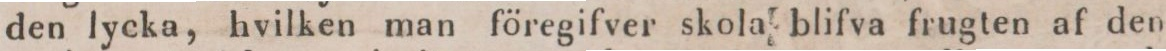
den lycka, hvilken man föregifver skola blifva frugten af den